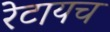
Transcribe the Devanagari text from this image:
रेटायच